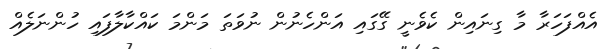
އެއްފަހަރާ މާ ގިނައިން ކެވެނީ ގޭގައި އަންހެނުން ނުވަތަ މަންމަ ކައްކާލާފައި ހުންނަލެއް